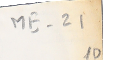
ME-21 10